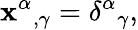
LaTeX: \mathbf{x}^{\alpha}{}_{,\gamma}=\delta^{\alpha}{}_{\gamma},